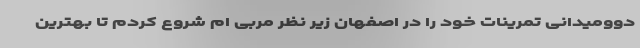
دوومیدانی تمرینات خود را در اصفهان زیر نظر مربی ام شروع کردم تا بهترین